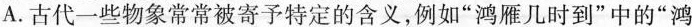
A.古代一些物象常常被寄予特定的含义，例如”鸿雁几时到”中的”鸿